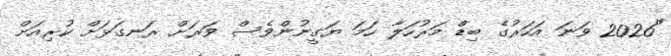
"2026 ވަނަ އަހަރުގެ ބިޑް މަރުހަލާ ހަމަ ޔަގީނުންވެސް ވަރަށް ރަނގަޅަށް ކުރިއަށް